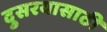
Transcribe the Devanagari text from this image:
दुसरयासाठी